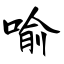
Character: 喻